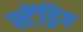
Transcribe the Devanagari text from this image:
स्टेंड्रिग